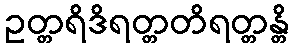
ဥတ္တရိဒိရတ္တတိရတ္တန္တိ